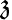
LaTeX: \mathfrak{z}